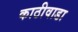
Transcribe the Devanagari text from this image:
काठीवाडा